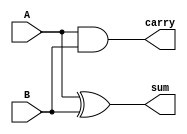
module half_adder(
    input A,
    input B,
    output sum,
    output carry
);
    xor(sum,A,B);
    and(carry,A,B);
endmodule